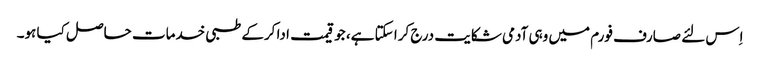
اِس لئے صارف فورم میں وہی آدمی شکایت درج کرا سکتا ہے، جو قیمت ادا کرکے طبی خدمات حاصل کیا ہو۔